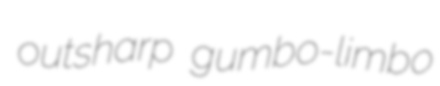
outsharp gumbo-limbo